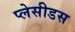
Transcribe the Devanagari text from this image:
प्लेसीडस